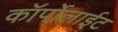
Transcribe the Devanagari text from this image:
कॉर्पोलाईट